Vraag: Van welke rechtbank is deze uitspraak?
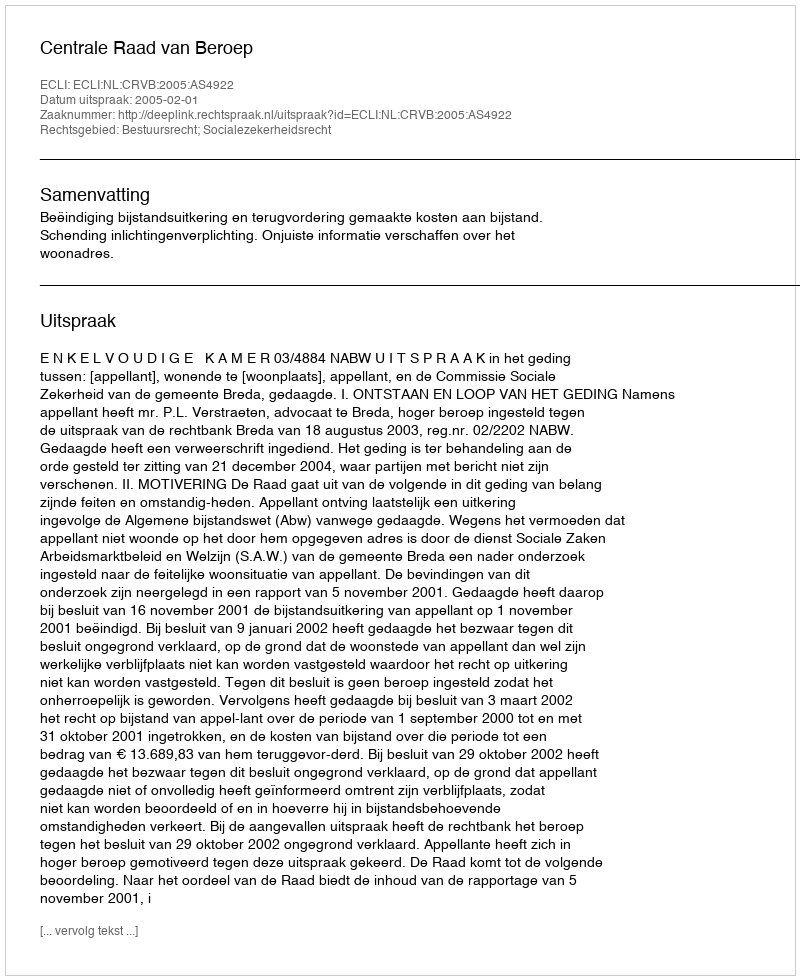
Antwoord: Centrale Raad van Beroep